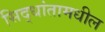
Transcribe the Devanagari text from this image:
सिद्धांतामधील